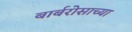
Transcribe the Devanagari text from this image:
बार्बरोसाच्या